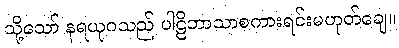
သို့သော် နရယုဂသည် ပါဠိဘာသာစကားရင်းမဟုတ်ချေ။